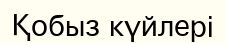
Қобыз күйлері